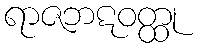
ရာဇဘဋဝတ္ထု